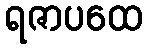
ရဇာပထေ